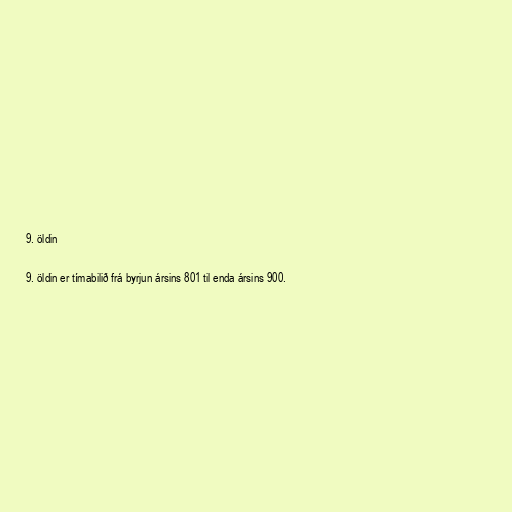
9. öldin

9. öldin er tímabilið frá byrjun ársins 801 til enda ársins 900.